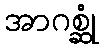
အာဂစ္ဆုံ